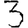
Digit: 3